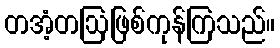
တအံ့တဩဖြစ်ကုန်ကြသည်။